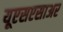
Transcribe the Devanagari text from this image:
यूएसएसाअर